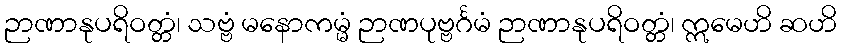
ဉာဏာနုပရိဝတ္တံ၊ သဗ္ဗံ မနောကမ္မံ ဉာဏပုဗ္ဗင်္ဂမံ ဉာဏာနုပရိဝတ္တံ၊ ဣမေဟိ ဆဟိ